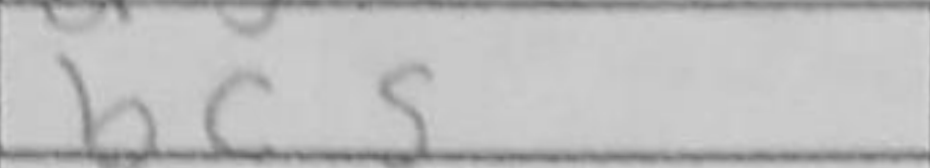
Transcription: bc5